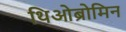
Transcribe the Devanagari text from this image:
थिओब्रोमिन